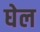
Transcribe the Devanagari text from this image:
घेल